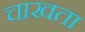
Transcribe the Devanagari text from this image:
चाखता